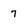
Character: 7